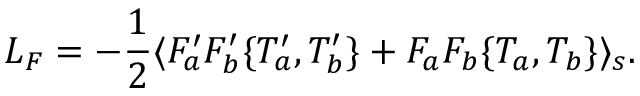
{ \cal L } _ { F } = - \frac { 1 } { 2 } \langle F _ { a } ^ { \prime } F _ { b } ^ { \prime } \{ T _ { a } ^ { \prime } , T _ { b } ^ { \prime } \} + F _ { a } F _ { b } \{ T _ { a } , T _ { b } \} \rangle _ { s } .